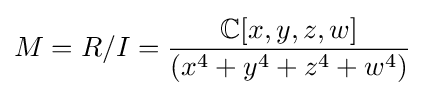
M=R/I={\frac {\mathbb {C} [x,y,z,w]}{(x^{4}+y^{4}+z^{4}+w^{4})}}